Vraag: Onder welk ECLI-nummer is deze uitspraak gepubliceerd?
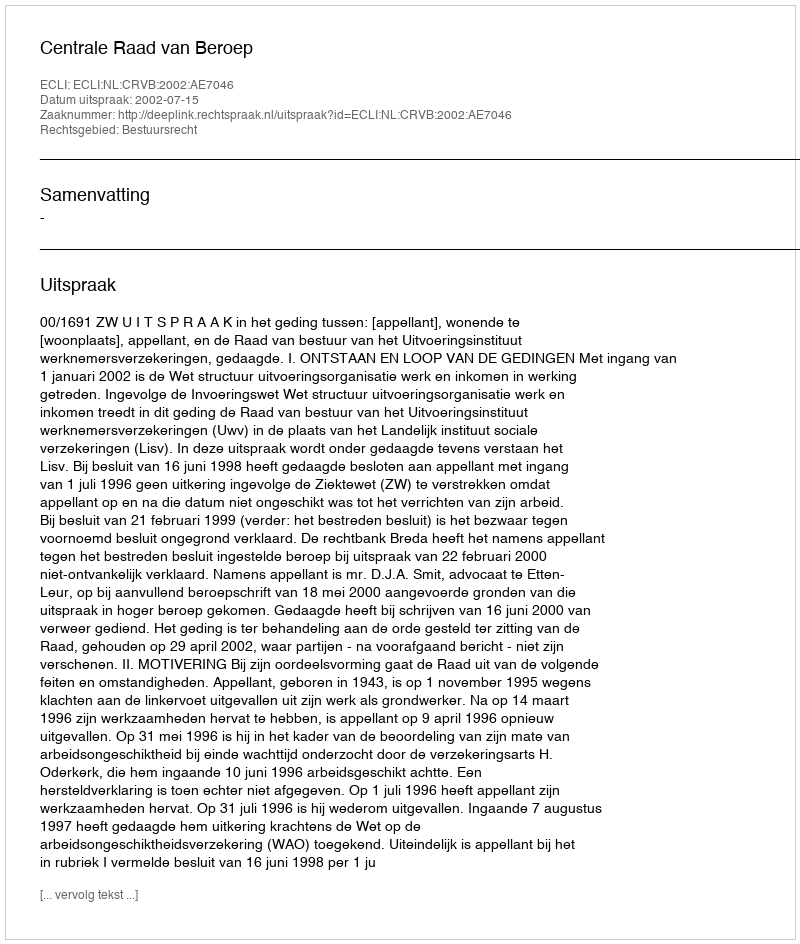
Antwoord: ECLI:NL:CRVB:2002:AE7046